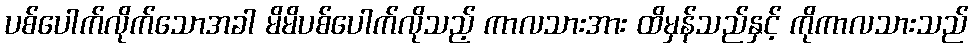
ပစ်ပေါက်လိုက်သောအခါ မိမိပစ်ပေါက်လိုသည့် ကာလသားအား ထိမှန်သည်နှင့် ကိုကာလသားသည်